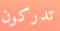
تدركون